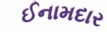
ઈનામદાર